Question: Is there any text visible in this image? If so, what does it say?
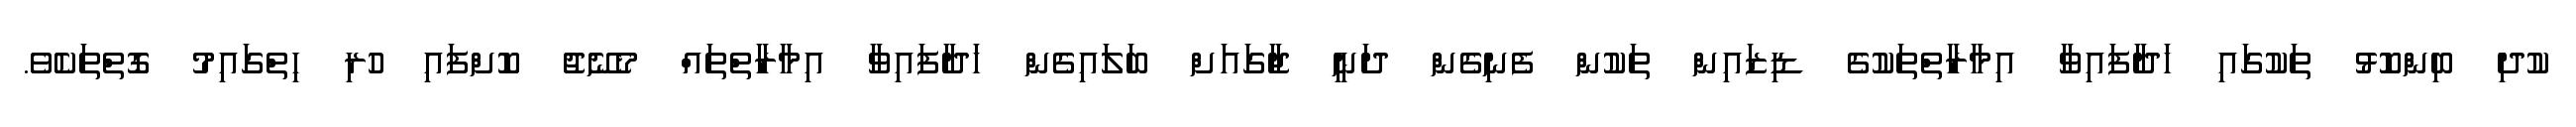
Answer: ކުދި ބިންކޮޅު ތަކުގައި ހަދާފައިވާ އިމާރާތްތަކުގެ ޑިޒައިން ތަކުން ފެނިގެން ދަނީ ޖާގައަށް ބަލައިގެން ހަދާފައިވާ އިމާރާތްތައް މެނޭޖު ކޮށްފައި ހުރި ހިތްގައިމު ގޮތްތަކެވެ.